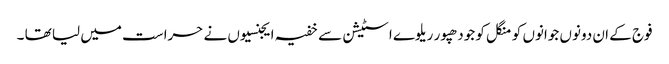
فوج کے ان دونوں جوانوں کو منگل کو جودھپور ریلوے اسٹیشن سے خفیہ ایجنسیوں نے حراست میں لیا تھا ۔